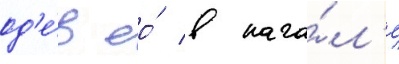
од'е́в ео́ в нача́л'е